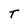
Character: t